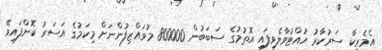
އެމެރިކާ ސަރުކާރު ހުއްޓުވާލެވިފައި އޮތުމުގެ ސަބަބުން 800000 މުވައްޒިފުންނަށް މިކަމުގެ އަސަރު ކޮށްފައިވޭ